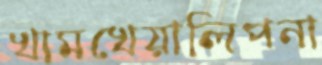
খামখেয়ালিপনা